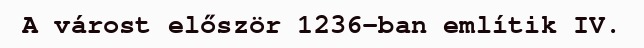
A várost először 1236-ban említik IV.